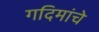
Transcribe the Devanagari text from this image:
गदिमांचे